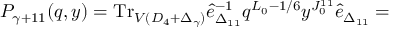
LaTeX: P _ { \gamma + 1 1 } ( q , y ) = \mathrm { T r } _ { V ( D _ { 4 } + \Delta _ { \gamma } ) } \hat { e } _ { \Delta _ { 1 1 } } ^ { - 1 } q ^ { L _ { 0 } - 1 / 6 } y ^ { J _ { 0 } ^ { 1 1 } } \hat { e } _ { \Delta _ { 1 1 } } =